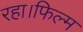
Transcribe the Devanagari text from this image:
रहा।फिल्म